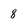
Character: 8